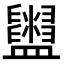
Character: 𥃜